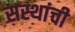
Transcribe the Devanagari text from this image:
सस्थांची